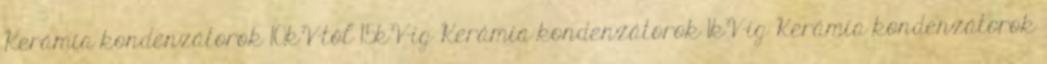
Kerámia kondenzátorok 10kV-tól 15kV-ig Kerámia kondenzátorok 1kV-ig Kerámia kondenzátorok